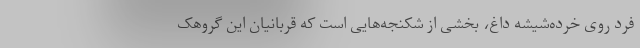
فرد روی خرده‌شیشه داغ، بخشی از شکنجه‌هایی است که قربانیان این گروهک